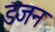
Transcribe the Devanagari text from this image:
डजन